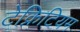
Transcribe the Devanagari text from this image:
टेक्निटियम